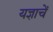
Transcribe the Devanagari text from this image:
यज्ञाचें